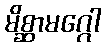
မိစ္ဆာမဂ္ဂေါ